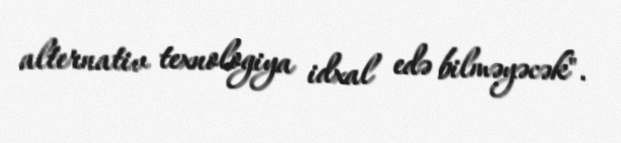
alternativ texnologiya idxal edə bilməyəcək".